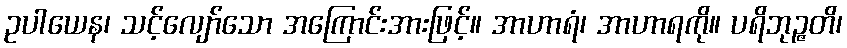
ဥပါယေန၊ သင့်လျော်သော အကြောင်းအားဖြင့်။ အာဟာရံ၊ အာဟာရကို။ ပရိဘုဉ္ဇတိ၊